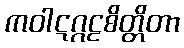
ကဝါဋဂ္ဂဠစိတ္တိတာ